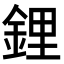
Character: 鋰